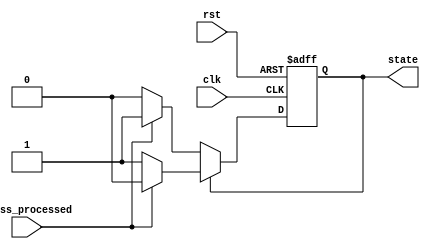
`timescale 1ns / 1ps
//////////////////////////////////////////////////////////////////////////////////
// Company: 
// Engineer: 
// 
// Design Name: 
// Module Name: FSM
// Project Name: 
// Target Devices: 
// Tool Versions: 
// Description: 
// 
// Dependencies: 
// 
// Revision:
// Revision 0.01 - File Created
// Additional Comments:
// 
//////////////////////////////////////////////////////////////////////////////////

`define still 1'b0
`define scroll 1'b1

module FSM(press_processed, clk, rst, state);
    input press_processed, clk, rst;
    output state;
    reg state, state_next;
    always @* begin
        if(state == `still) begin
            if(press_processed == 1'b1)
                state_next = `scroll;
            else
                state_next = `still;
        end
        else begin
            if(press_processed == 1'b1)
                state_next = `still;
            else 
                state_next = `scroll;
        end
    end
    
    always @(posedge clk or negedge rst) begin
        if(~rst)
            state <= `still;
        else
            state <= state_next;
    end
endmodule